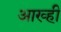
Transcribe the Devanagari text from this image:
आख्ही